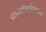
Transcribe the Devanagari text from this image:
थ्रॉम्बॉक्सेनच्या